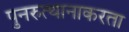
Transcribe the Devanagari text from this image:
पुनरुत्थानाकरता